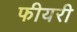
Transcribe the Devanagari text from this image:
फीयरी